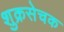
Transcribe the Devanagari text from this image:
शुक्रसेचक